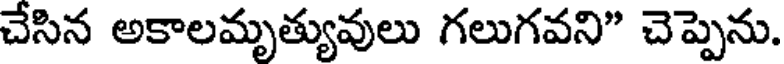
చేసిన అకాలమృత్యువులు గలుగవని" చెప్పెను.